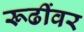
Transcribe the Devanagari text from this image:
रूढींवर